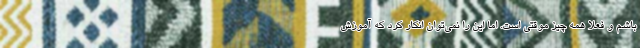
باشم و فعلا همه چیز موقتی است. اما این را نمی‌توان انکار کرد که آموزش